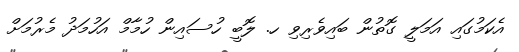
އެކަމުގައި އަމަލީ ގޮތުން ބައިވެރިވި ހ. ލޮބީ ހުސައިން ހުމާމް އަހުމަދު މެރުމަށް